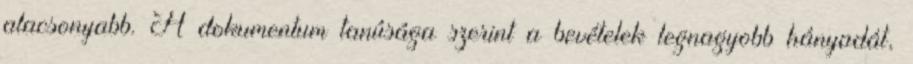
alacsonyabb. A dokumentum tanúsága szerint a bevételek legnagyobb hányadát,